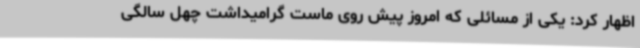
اظهار کرد: یکی از مسائلی که امروز پیش روی ماست گرامیداشت چهل سالگی